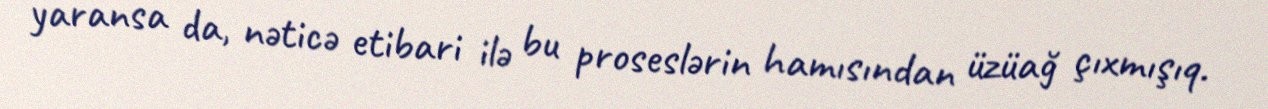
yaransa da, nəticə etibari ilə bu proseslərin hamısından üzüağ çıxmışıq.